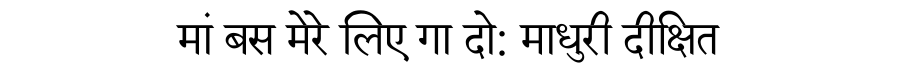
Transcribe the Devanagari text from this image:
मां बस मेरे लिए गा दो: माधुरी दीक्षित